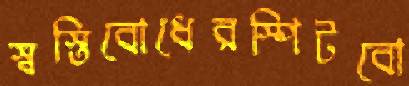
স্বস্তিবোধেরস্পিটবো